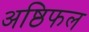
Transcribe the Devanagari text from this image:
अष्ठिफल